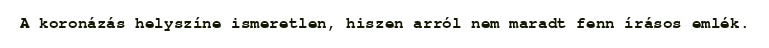
A koronázás helyszíne ismeretlen, hiszen arról nem maradt fenn írásos emlék.